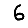
Digit: 6